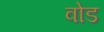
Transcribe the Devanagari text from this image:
वोड